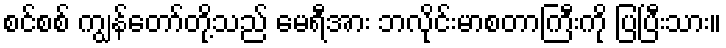
စင်စစ် ကျွန်တော်တို့သည် မေရီအား ဘလိုင်းမာစတာကြီးကို ပြပြီးသား။